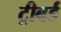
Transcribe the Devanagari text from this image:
ट्रीबर्ड